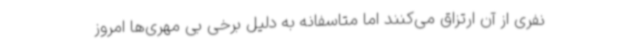
نفری از آن ارتزاق می‌کنند اما متاسفانه به دلیل برخی بی مهری‌ها امروز